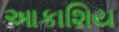
આકાશિય